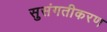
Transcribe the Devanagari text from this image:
सुसंगतीकरण